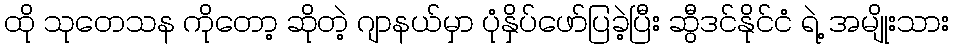
ထို သုတေသန ကိုတော့ ဆိုတဲ့ ဂျာနယ်မှာ ပုံနှိပ်ဖော်ပြခဲ့ပြီး ဆွီဒင်နိုင်ငံ ရဲ့ အမျိုးသား